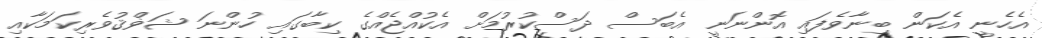
އެހެނީ އެކަން ބިނާވެފައި އޮންނަނީ އެބަސް ދަސްކުރުމަށް އެކުއްޖެއްގެ ކިބާގައި ހުންނަ ޝަޥްޤުވެރިކަމަކާއި